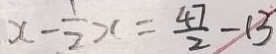
x - \frac { 1 } { 2 } x = \frac { 4 7 } { 2 } - 1 3